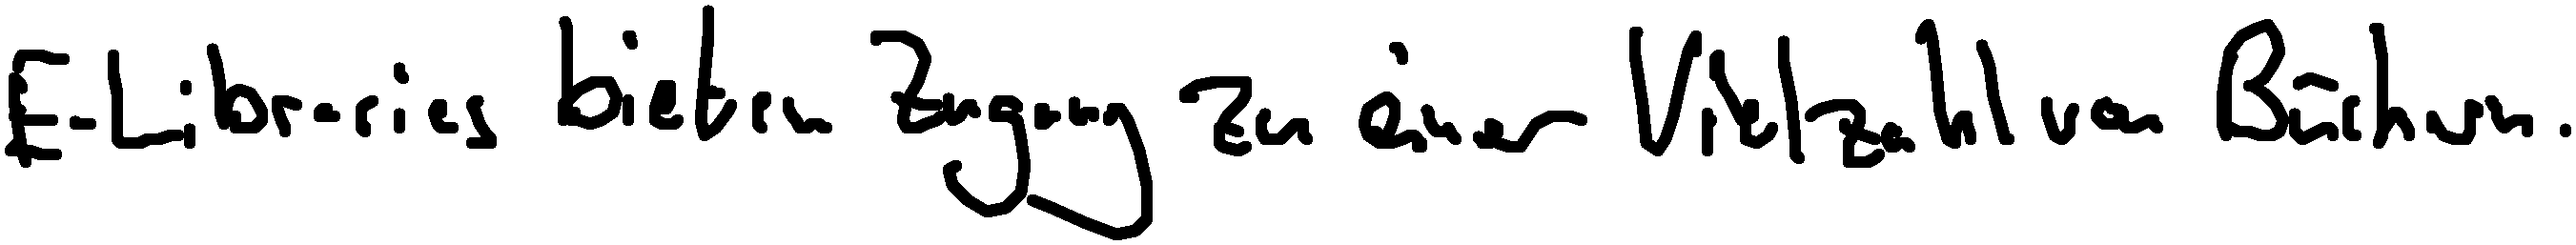
E-Libraries bieten Zugang zu einer Vielzahl von Büchern.